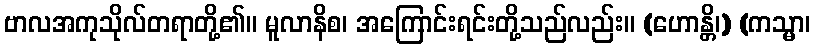
ဗာလအကုသိုလ်တရာတို့၏။ မူလာနိစ၊ အကြောင်းရင်းတို့သည်လည်း။ (ဟောန္တိ၊) (ကသ္မာ၊